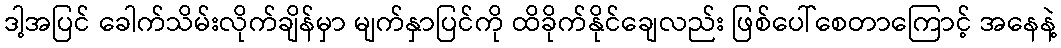
ဒါ့အပြင် ခေါက်သိမ်းလိုက်ချိန်မှာ မျက်နှာပြင်ကို ထိခိုက်နိုင်ချေလည်း ဖြစ်ပေါ်စေတာကြောင့် အနေနဲ့